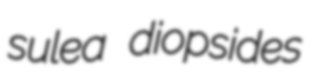
sulea diopsides